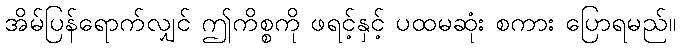
အိမ်ပြန်ရောက်လျှင် ဤကိစ္စကို ဖရင့်နှင့် ပထမဆုံး စကား ပြောရမည်။